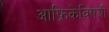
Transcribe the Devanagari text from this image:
आफ्रिकेविषयी